Note on the mental hospitals in Burma - 1925-1940
Year: 1925
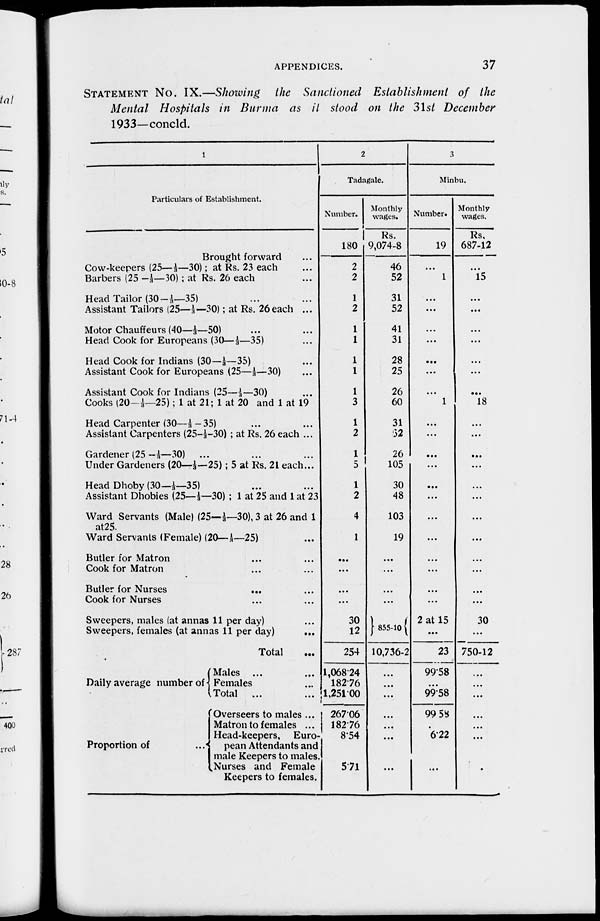
APPENDICES.
37
STATEMENT No. IX.—Showing the Sanctioned Establishment of the
Mental Hospitals in Burma as it stood on the 31st December
1933—concld.
1
Particulars of Establishment.
Brought forward ...
Cow-keepers (25—1/3—30); at Rs. 23 each ...
Barbers (25—1/3—30) ; at Rs. 26 each ...
Head Tailor (30—1/3—35) ... ...
Assistant Tailors (25—1/3— 30); at Rs. 26 each ...
Motor Chauffeurs (40—1/3—50) ... ...
Head Cook for Europeans (30—1/3—35) ... ...
Head Cook for Indians (30—1/3—35) ...
Assistant Cook for Europeans (25—1/3—30) ...
Assistant Cook for Indians (25—1/3—30) ...
Cooks (20—1/3—25); 1 at 21; 1 at 20 and 1 at 19
Head Carpenter (30—1/3—35) ... ...
Assistant Carpenters (25—1/ 3—30) ; at Rs. 26 each ...
Gardener (25—1/3—30) ... ... ...
Under Gardeners (20—1/3—25) ; 5 at Rs. 21 each...
Head Dhoby (30—1/3—35) ... ...
Assistant Dhobies (25—1/3—30) ; 1 at 25 and 1 at 23
Ward Servants (Male) (25—1/3—30), 3 at 26 and 1
at25.
Ward Servants (Female) (20—1/3—25) ...
Butler for Matron ... ...
Cook for Matron ... ...
Butler for Nurses
...
Cook for Nurses ... ...
Sweepers, males (at annas 11 per day) ...
Sweepers, females (at annas 11 per day) ...
Total ...
Daily average number of
Proportion of ...
Males ... ...
Females ...
Total ... ...
Overseers to males ...
Matron to females ...
Head-keepers, Euro-
pean Attendants and
male Keepers to males.
Nurses and Female
Keepers to females.
2
Tadagale.
Number.
180
2
2
1
2
1
1
1
1
1
3
1
2
1
5
1
2
4
1
...
...
...
...
30
12
254
1,068.24
182.76
1,251.00
267.06
182.76
8.54
5.71
Monthly
wages.
Rs.
9,074-8
46
52
31
52
41
31
28
25
26
60
31
52
26
105
30
48
103
19
...
...
...
...
855-10
10,736-2
...
...
...
...
...
...
...
3
Minbu.
Number.
19
...
1
...
...
...
...
...
...
...
1
...
...
...
...
...
...
...
...
...
...
...
...
2 at 15
...
23
99.58
...
99.58
99.58
...
6.22
...
Monthly
wages.
Rs.
687-12
...
15
...
...
...
...
...
...
...
18
...
...
...
...
...
...
...
...
...
...
...
30
...
750-12
...
...
...
...
...
...
...